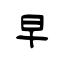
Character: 早